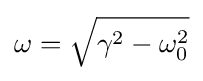
\omega ={\sqrt {\gamma ^{2}-\omega _{0}^{2}}}